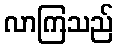
လာကြသည်